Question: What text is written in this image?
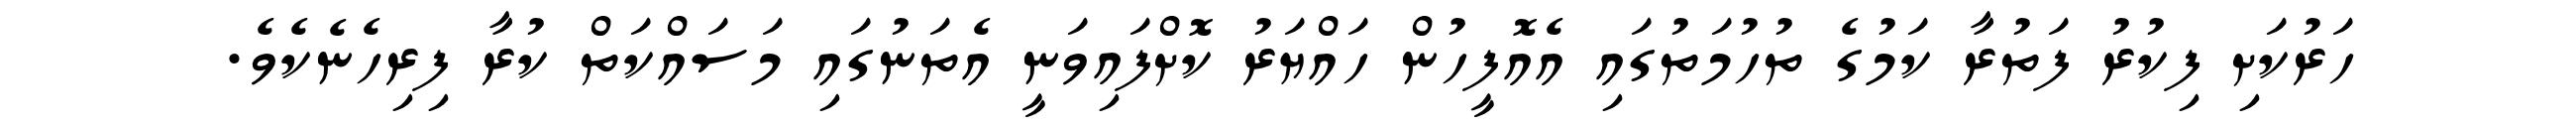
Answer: ހަރުކަށި ފިކުރު ފަތުރާ ކަމުގެ ތުހުމަތުގައި އެއޮފީހުން ހައްޔަރު ކޮށްފައިވަނީ އެތަނުގައި މަސައްކަތް ކުރާ ފިރިހެނެކެވެ.